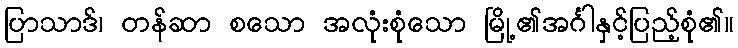
ပြာသာဒ်၊ တန်ဆာ စသော အလုံးစုံသော မြို့၏အင်္ဂါနှင့်ပြည့်စုံ၏။